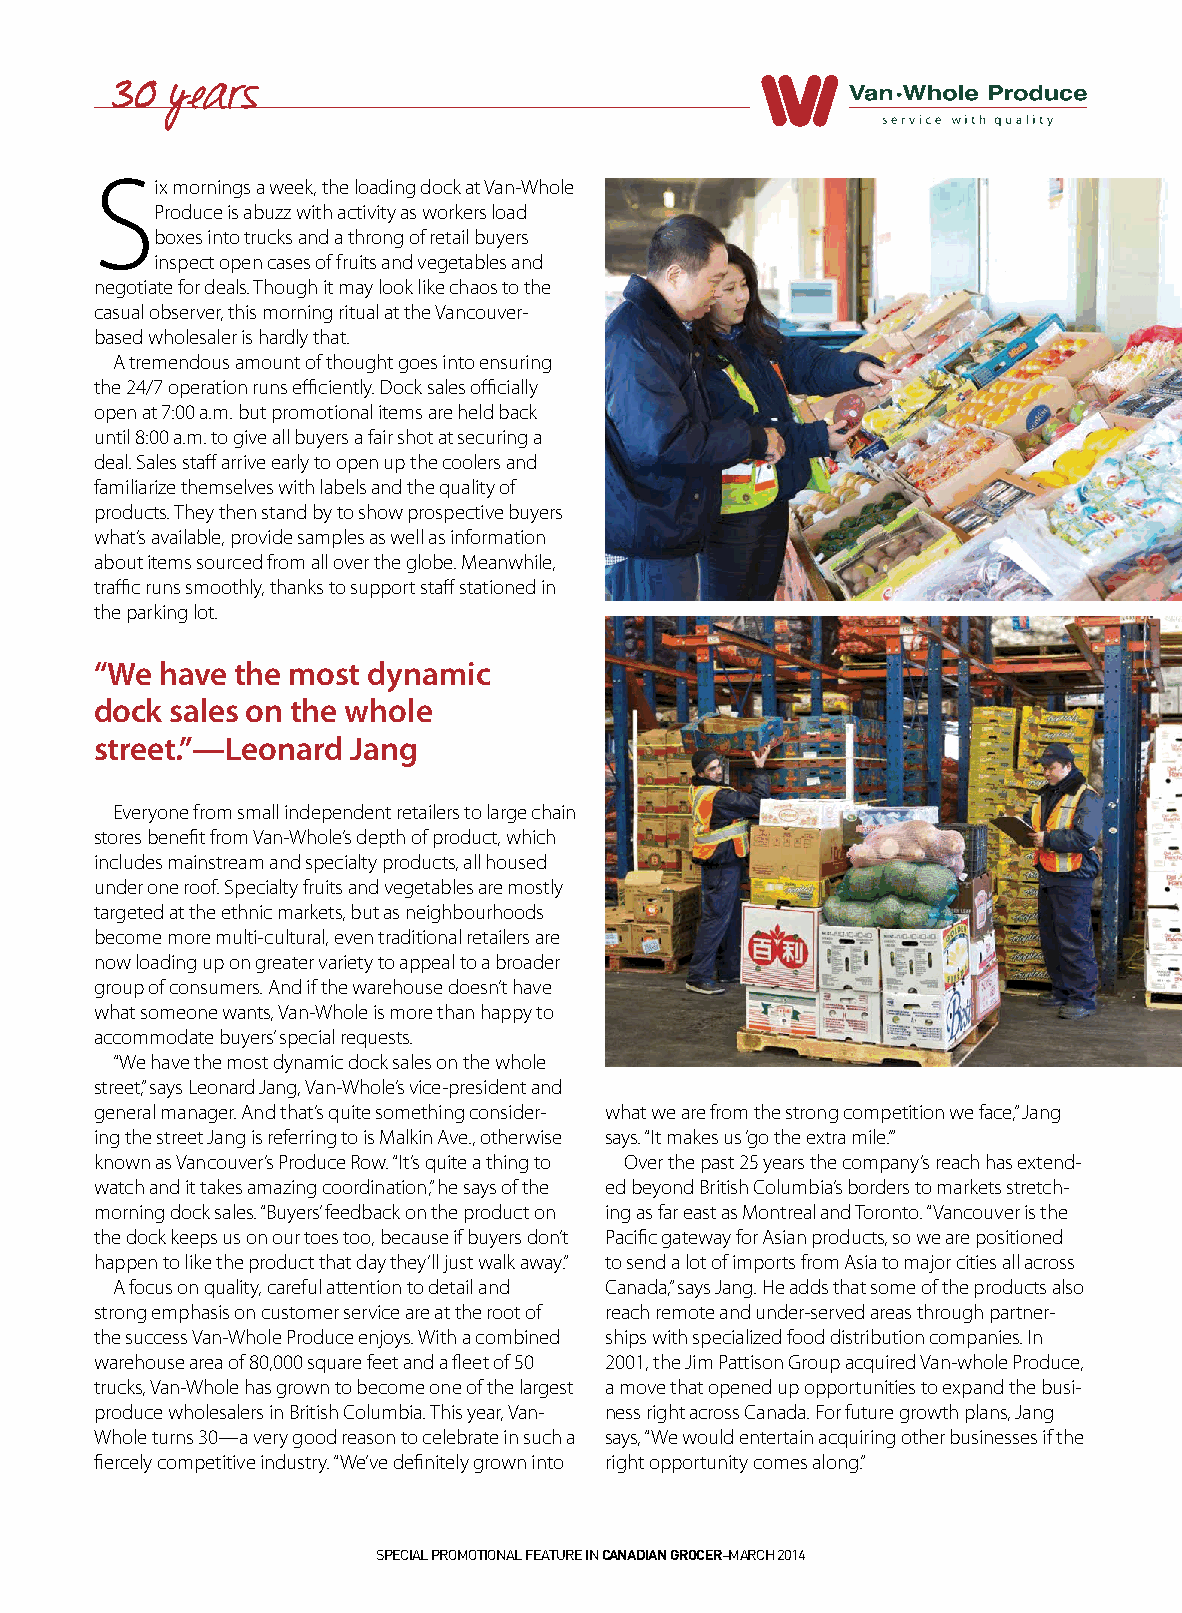
30  years
 S
 ix mornings a week, the loading dock at Van-Whole
 Produce is abuzz with activity as workers load
 boxes into trucks and a throng of retail buyers
 inspect open cases of fruits and vegetables and
 negotiate for deals. Though it may look like chaos to the
 casual observer, this morning ritual at the Vancouver-
 based wholesaler is hardly that.
 A tremendous amount of thought goes into ensuring
 the 24/7 operation runs efficiently. Dock sales officially
 open at 7:00 a.m. but promotional items are held back
 until 8:00 a.m. to give all buyers a fair shot at securing a
 deal. Sales staff arrive early to open up the coolers and
 familiarize themselves with labels and the quality of
 products. They then stand by to show prospective buyers
 what’s available, provide samples as well as information
 about items sourced from all over the globe. Meanwhile,
 traffic runs smoothly, thanks to support staff stationed in
 the parking lot.
 “We  have the most dynamic
 dock sales on the whole
 street.”—Leonard Jang
 Everyone from small independent retailers to large chain
 stores benefit from Van-Whole’s depth of product, which
 includes mainstream and specialty products, all housed
 under one roof. Specialty fruits and vegetables are mostly
 targeted at the ethnic markets, but as neighbourhoods
 become more multi-cultural, even traditional retailers are
 now loading up on greater variety to appeal to a broader
 group of consumers. And if the warehouse doesn’t have
 what someone wants, Van-Whole is more than happy to
 accommodate buyers’ special requests.
 “We have the most dynamic dock sales on the whole
 street,” says Leonard Jang, Van-Whole’s vice-president and
 general manager. And that’s quite something consider- what we are from the strong competition we face,” Jang
 ing the street Jang is referring to is Malkin Ave., otherwise says. “It makes us ‘go the extra mile.’”
 known as Vancouver’s Produce Row. “It’s quite a thing to Over the past 25 years the company’s reach has extend-
 watch and it takes amazing coordination,” he says of the ed beyond British Columbia’s borders to markets stretch-
 morning dock sales. “Buyers’ feedback on the product on ing as far east as Montreal and Toronto. “Vancouver is the
 the dock keeps us on our toes too, because if buyers don’t Pacific gateway for Asian products, so we are positioned
 happen to like the product that day they’ll just walk away.” to send a lot of imports from Asia to major cities all across
 A focus on quality, careful attention to detail and Canada,” says Jang. He adds that some of the products also
 strong emphasis on customer service are at the root of reach remote and under-served areas through partner-
 the success Van-Whole Produce enjoys. With a combined ships with specialized food distribution companies. In
 warehouse area of 80,000 square feet and a fleet of 50 2001, the Jim Pattison Group acquired Van-whole Produce,
 trucks, Van-Whole has grown to become one of the largest a move that opened up opportunities to expand the busi-
 produce wholesalers in British Columbia. This year, Van- ness right across Canada. For future growth plans, Jang
 Whole turns 30—a very good reason to celebrate in such a says, “We would entertain acquiring other businesses if the
 fiercely competitive industry. “We’ve definitely grown into right opportunity comes along.”
 Special promotional feature in Canadian GroCer–march 2014